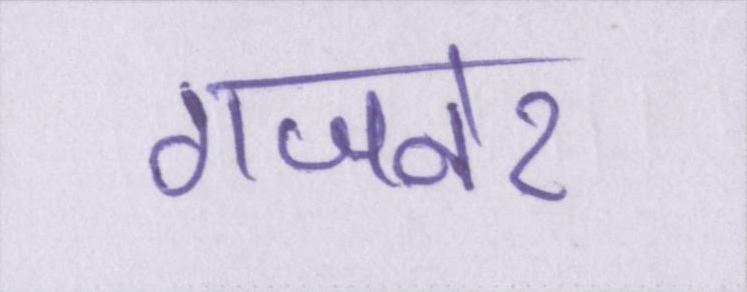
गजनेर